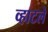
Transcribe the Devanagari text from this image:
व्हाटले